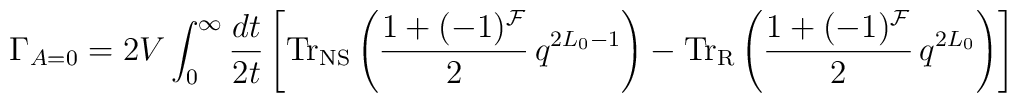
\Gamma_{A=0} = 2V \int_0^\infty \frac{dt}{2t}\left[{\rm Tr}_{\rm NS}\left( \frac{1+(-1)^{\cal F}}{2} \,q^{2L_0-1}\right) - {\rm Tr}_{\rm R}\left( \frac{1+(-1)^{\cal F}}{2} \,q^{2L_0}\right)\right]